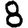
Digit: 8